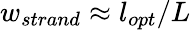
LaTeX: w_{strand}\approx l_{opt}/L